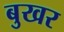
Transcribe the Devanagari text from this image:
बुखर